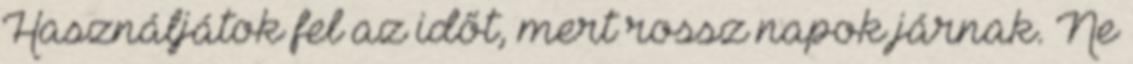
Használjátok fel az időt, mert rossz napok járnak. Ne